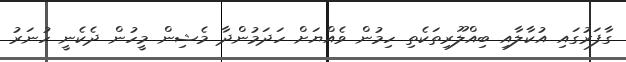
ގާފަރުގައި އުކާލާއި ބިއްލޫރިތަކެތި ހިމުން ވެއްޔަށް ހަދަމުންދާ މެޝިން މީހުން ދެކެނީ ހުނަރު